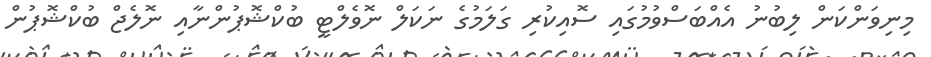
މިނިވަންކަން ލިބުނު އެއްބަސްވުމުގައި ސޮއިކުރި ގަލަމުގެ ނަކަލް ނޮވެލްޓީ ބުކްޝޮޕުންނާއި ނޮލެޖް ބުކްޝޮޕުން